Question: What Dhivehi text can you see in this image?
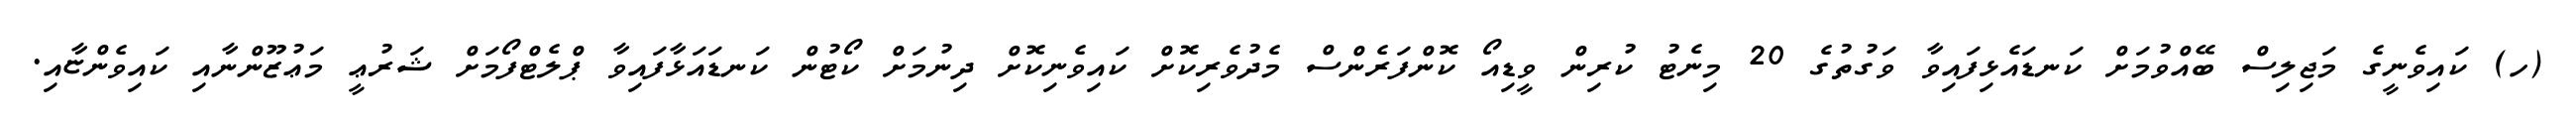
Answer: (ހ) ކައިވެނީގެ މަޖިލިސް ބޭއްވުމަށް ކަނޑައެޅިފައިވާ ވަގުތުގެ 20 މިނެޓު ކުރިން ވީޑިއޯ ކޮންފަރެންސް މެދުވެރިކޮށް ކައިވެނިކޮށް ދިނުމަށް ކޯޓުން ކަނޑައަޅާފައިވާ ޕްލެޓްފޯމަށް ޝަރުޢީ މަޢުޒޫންނާއި ކައިވެންޏާއި.